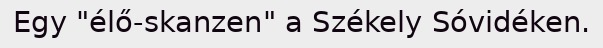
Egy "élő-skanzen" a Székely Sóvidéken.